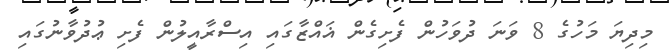
މިދިޔަ މަހުގެ 8 ވަނަ ދުވަހުން ފެށިގެން ޣައްޒާގައި އިސްރާއީލުން ފެށި ޢުދުވާނުގައި